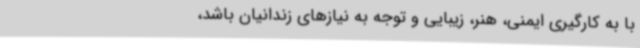
با به کارگیری ایمنی، هنر، زیبایی و توجه به نیازهای زندانیان باشد،